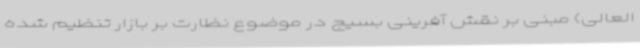
العالی) مبنی بر نقش آفرینی بسیج در موضوع نظارت بر بازار تنظیم شده